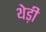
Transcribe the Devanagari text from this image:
थेड़ी